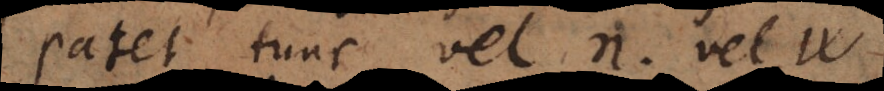
patet tunc vel n vel w